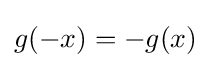
g(-x)=-g(x)